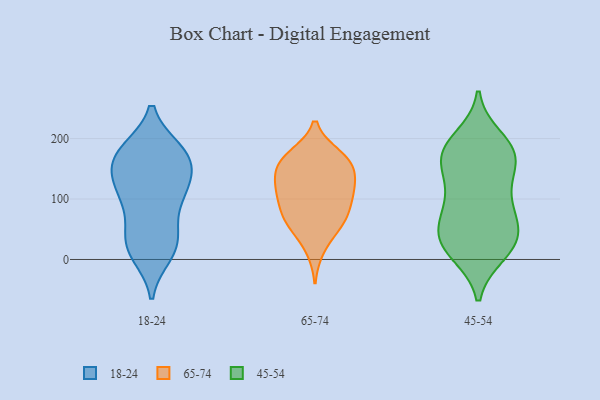
{"axis": {"x": "Conversion Rate (%)", "y": "Value"}, "legend": ["18-24", "45-54", "65-74"], "data": [{"x": "", "y": 18, "type": "18-24"}, {"x": "", "y": 108, "type": "18-24"}, {"x": "", "y": 112, "type": "18-24"}, {"x": "", "y": 172, "type": "18-24"}, {"x": "", "y": 176, "type": "18-24"}, {"x": "", "y": 165, "type": "18-24"}, {"x": "", "y": 10, "type": "18-24"}, {"x": "", "y": 139, "type": "18-24"}, {"x": "", "y": 27, "type": "18-24"}, {"x": "", "y": 160, "type": "18-24"}, {"x": "", "y": 115, "type": "18-24"}, {"x": "", "y": 39, "type": "18-24"}, {"x": "", "y": 118, "type": "18-24"}, {"x": "", "y": 26, "type": "18-24"}, {"x": "", "y": 77, "type": "18-24"}, {"x": "", "y": 177, "type": "18-24"}, {"x": "", "y": 179, "type": "18-24"}, {"x": "", "y": 171, "type": "65-74"}, {"x": "", "y": 67, "type": "65-74"}, {"x": "", "y": 99, "type": "65-74"}, {"x": "", "y": 17, "type": "65-74"}, {"x": "", "y": 58, "type": "65-74"}, {"x": "", "y": 163, "type": "65-74"}, {"x": "", "y": 116, "type": "65-74"}, {"x": "", "y": 119, "type": "65-74"}, {"x": "", "y": 138, "type": "65-74"}, {"x": "", "y": 58, "type": "65-74"}, {"x": "", "y": 133, "type": "65-74"}, {"x": "", "y": 92, "type": "65-74"}, {"x": "", "y": 155, "type": "65-74"}, {"x": "", "y": 64, "type": "65-74"}, {"x": "", "y": 161, "type": "65-74"}, {"x": "", "y": 106, "type": "65-74"}, {"x": "", "y": 172, "type": "65-74"}, {"x": "", "y": 58, "type": "45-54"}, {"x": "", "y": 28, "type": "45-54"}, {"x": "", "y": 168, "type": "45-54"}, {"x": "", "y": 16, "type": "45-54"}, {"x": "", "y": 178, "type": "45-54"}, {"x": "", "y": 200, "type": "45-54"}, {"x": "", "y": 149, "type": "45-54"}, {"x": "", "y": 101, "type": "45-54"}, {"x": "", "y": 183, "type": "45-54"}, {"x": "", "y": 58, "type": "45-54"}, {"x": "", "y": 36, "type": "45-54"}, {"x": "", "y": 175, "type": "45-54"}, {"x": "", "y": 15, "type": "45-54"}, {"x": "", "y": 105, "type": "45-54"}, {"x": "", "y": 106, "type": "45-54"}, {"x": "", "y": 67, "type": "45-54"}, {"x": "", "y": 182, "type": "45-54"}, {"x": "", "y": 10, "type": "45-54"}, {"x": "", "y": 152, "type": "45-54"}, {"x": "", "y": 42, "type": "45-54"}]}